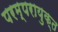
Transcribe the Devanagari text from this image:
परम्परायुक्त